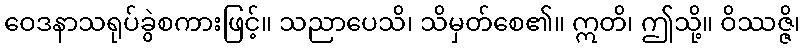
ဝေဒနာသရုပ်ခွဲစကားဖြင့်။ သညာပေသိ၊ သိမှတ်စေ၏။ ဣတိ၊ ဤသို့။ ဝိဿဇ္ဇိ၊